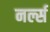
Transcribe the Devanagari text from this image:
नर्ल्स